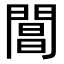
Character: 閶